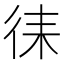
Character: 𭛧